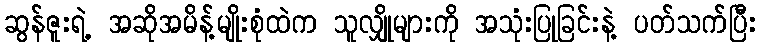
ဆွန်ဇူးရဲ့ အဆိုအမိန့်မျိုးစုံထဲက သူလျှိုများကို အသုံးပြုခြင်းနဲ့ ပတ်သက်ပြီး